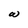
Character: W